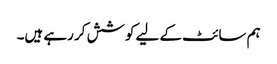
ہم سائٹ کے لیے کوشش کر رہے ہیں۔